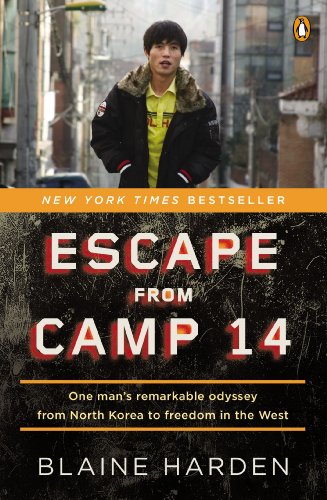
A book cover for Escape from Camp 14: One Man's Remarkable Odyssey from North Korea to Freedom in the West; Blaine Harden; Biographies & Memoirs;